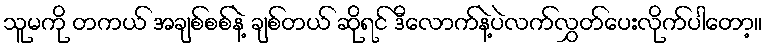
သူမကို တကယ် အချစ်စစ်နဲ့ ချစ်တယ် ဆိုရင် ဒီလောက်နဲ့ပဲလက်လွှတ်ပေးလိုက်ပါတော့။